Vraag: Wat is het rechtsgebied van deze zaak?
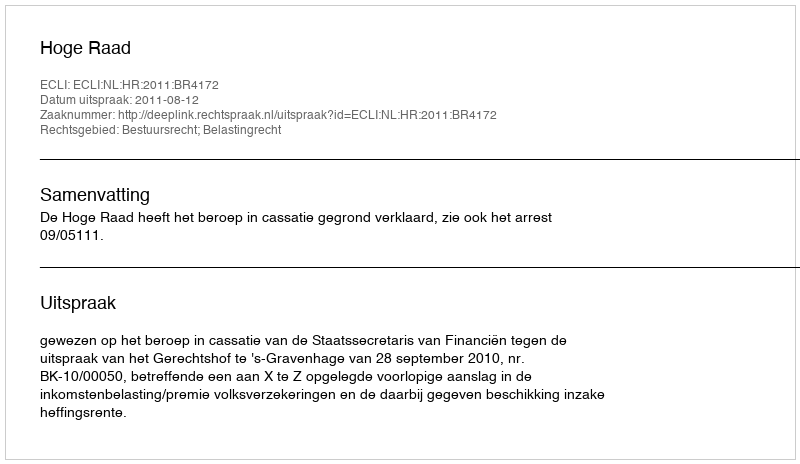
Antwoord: Bestuursrecht; Belastingrecht